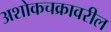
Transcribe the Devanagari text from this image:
अशोकचक्रावरील